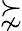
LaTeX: \succnsim